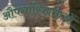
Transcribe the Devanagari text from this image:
औपचारिकाताओं